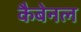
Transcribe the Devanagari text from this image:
कैबेनल